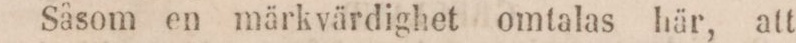
Såsom en märkvärdighet omtalas här, att